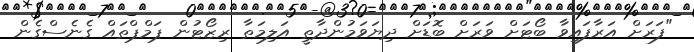
"ފަރަށް އަރާފައިވާ ބޯޓަށް ވަރަށް ބޮޑަށް ދިޔަވަމުންދާތީ އަލިމަތާ ރިޒޯޓުން ޕަމްޕްތައް ގެނެސްގެން